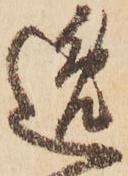
逸